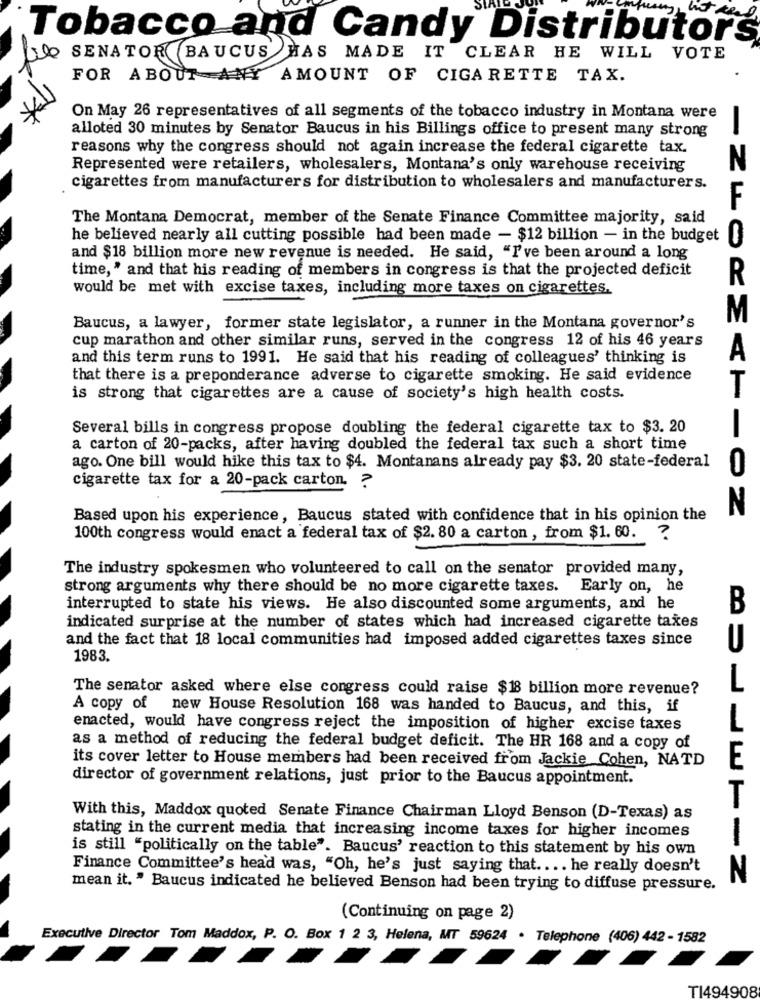
Tobacco and Candy Distributors
DO SENATOR (BAUCUS
HAS MADE IT
CLEAR HE WILL VOTE
FOR ABOUT ANY AMOUNT OF CIGARETTE TAX.
On May 26 representatives of all segments of the tobacco industry in Montana were
alloted 30 minutes by Senator Baucus in his Billings office to present many strong
reasons why the congress should not again increase the federal cigarette tax.
Represented were retailers, wholesalers, Montana's only warehouse receiving
cigarettes from manufacturers for distribution to wholesalers and manufacturers.
The Montana Democrat, member of the Senate Finance Committee majority, said
he believed nearly all cutting possible had been made - $12 billion - in the budget
and $18 billion more new revenue is needed. He said, "I've been around a long
time, " and that his reading of members in congress is that the projected deficit
R
would be met with excise taxes, including more taxes on cigarettes.
M
Baucus, a lawyer, former state legislator, a runner in the Montana governor's
cup marathon and other similar runs, served in the congress 12 of his 46 years
and this term runs to 1991. He said that his reading of colleagues' thinking is
A
that there is a preponderance adverse to cigarette smoking. He said evidence
is strong that cigarettes are a cause of society's high health costs.
Several bills in congress propose doubling the federal cigarette tax to $3. 20
a carton of 20-packs, after having doubled the federal tax such a short time
ago. One bill would hike this tax to $4. Montanans already pay $3. 20 state-federal
cigarette tax for a 20-pack carton. ?
Based upon his experience, Baucus stated with confidence that in his opinion the
100th congress would enact a federal tax of $2. 80 a carton , from $1. 60.
?
The industry spokesmen who volunteered to call on the senator provided many,
strong arguments why there should be no more cigarette taxes. Early on, he
interrupted to state his views. He also discounted some arguments, and he
B
indicated surprise at the number of states which had increased cigarette taxes
and the fact that 18 local communities had imposed added cigarettes taxes since
1983.
The senator asked where else congress could raise $18 billion more revenue?
A copy of new House Resolution 168 was handed to Baucus, and this, if
enacted, would have congress reject the imposition of higher excise taxes
as a method of reducing the federal budget deficit. The HR 168 and a copy of
its cover letter to House members had been received from Jackie Cohen, NATD
director of government relations, just prior to the Baucus appointment.
With this, Maddox quoted Senate Finance Chairman Lloyd Benson (D-Texas) as
stating in the current media that increasing income taxes for higher incomes
is still "politically on the table". Baucus' reaction to this statement by his own
Finance Committee's head was, "Oh, he's just saying that .... he really doesn't
N
mean it. " Baucus indicated he believed Benson had been trying to diffuse pressure.
(Continuing on page 2)
Executive Director Tom Maddox, P. O. Box 1 2 3, Helena, MT 59624 . Telephone (406) 442 - 1582
TI494908